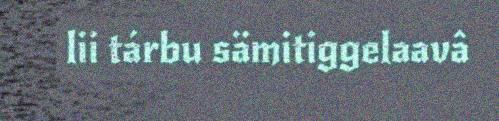
lii tárbu sämitiggelaavâ